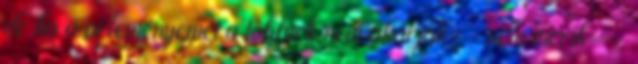
de ha a véleményemet a többiek nem akarják--nem merik--